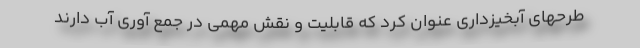
طرحهای آبخیزداری عنوان کرد که قابلیت و نقش مهمی در جمع آوری آب دارند